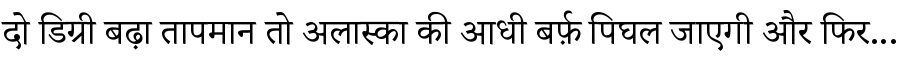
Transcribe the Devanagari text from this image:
दो डिग्री बढ़ा तापमान तो अलास्का की आधी बर्फ़ पिघल जाएगी और फिर...